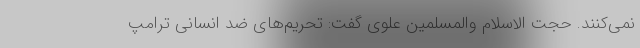
نمی‌کنند. حجت الاسلام والمسلمین علوی گفت: تحریم‌های ضد انسانی ترامپ